Serum-therapy of plague in India - Number 20
Disease focus: Plague
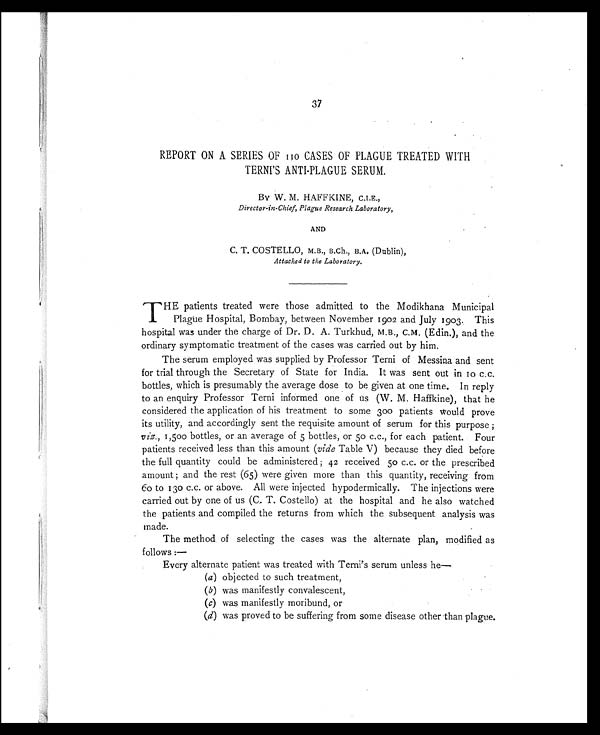
37
REPORT ON A SERIES OF 110 CASES OF PLAGUE TREATED WITH
TERNI'S ANTI-PLAGUE SERUM.
BY W. M. HAFFKINE, C.I.E.,
Director-in-Chief, Plague Research Laboratory,
AND
C. T. COSTELLO, M.B., B.Ch., B.A. (Dublin),
Attached to the Laboratory.
T HE patients treated were those admitted to the Modikhana Municipal
Plague Hospital, Bombay, between November 1902 and July 1903. This
hospital was under the charge of Dr. D. A. Turkhud, M.B., C.M. (Edin.), and the
ordinary symptomatic treatment of the cases was carried out by him.
The serum employed was supplied by Professor Terni of Messina and sent
for trial through the Secretary of State for India. It was sent out in 10 c.c.
bottles, which is presumably the average dose to be given at one time. In reply
to an enquiry Professor Terni informed one of us (W. M. Haffkine), that he
considered the application of his treatment to some 300 patients would prove
its utility, and accordingly sent the requisite amount of serum for this purpose ;
viz., 1,500 bottles, or an average of 5 bottles, or 50 c.c., for each patient. Four
patients received less than this amount (vide Table V) because they died before
the full quantity could be administered ; 42 received 50 c.c. or the prescribed
amount and the rest (65) were given more than this quantity, receiving from
60 to 130 c.c. or above. All were injected hypodermically. The injections were
carried out by one of us (C. T. Costello) at the hospital and he also watched
the patients and compiled the returns from which the subsequent analysis was
made.
The method of selecting the cases was the alternate plan, modified as
follows :—
Every alternate patient was treated with Terni's serum unless he—
(a) objected to such treatment,
(b) was manifestly convalescent,
(c) was manifestly moribund, or
(d) was proved to be suffering from some disease other than plague.